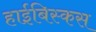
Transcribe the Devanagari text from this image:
हाईबिस्कस